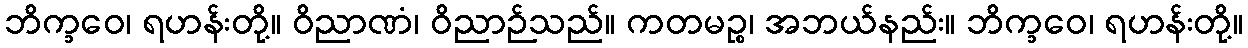
ဘိက္ခဝေ၊ ရဟန်းတို့။ ဝိညာဏံ၊ ဝိညာဉ်သည်။ ကတမဉ္စ၊ အဘယ်နည်း။ ဘိက္ခဝေ၊ ရဟန်းတို့။